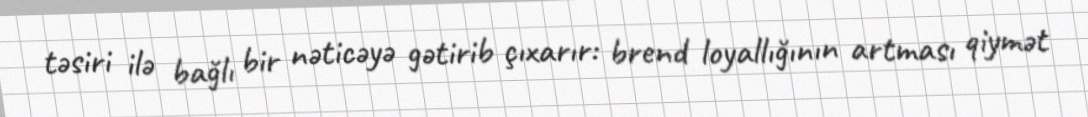
təsiri ilə bağlı bir nəticəyə gətirib çıxarır: brend loyallığının artması qiymət